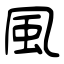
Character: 風